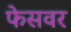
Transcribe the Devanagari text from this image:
फेसवर